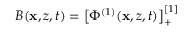
B ( \mathbf { x } , z , t ) = \big [ \Phi ^ { ( 1 ) } ( \mathbf { x } , z , t ) \big ] _ { + } ^ { [ 1 ] }